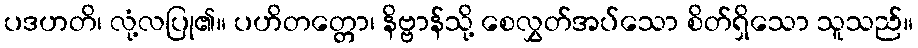
ပဒဟတိ၊ လုံ့လပြု၏။ ပဟိတတ္တော၊ နိဗ္ဗာန်သို့ စေလွှတ်အပ်သော စိတ်ရှိသော သူသည်။